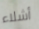
أشلاء